Annual administration report of the Civil Veterinary Department of India - 1896-1897
Year: 1896
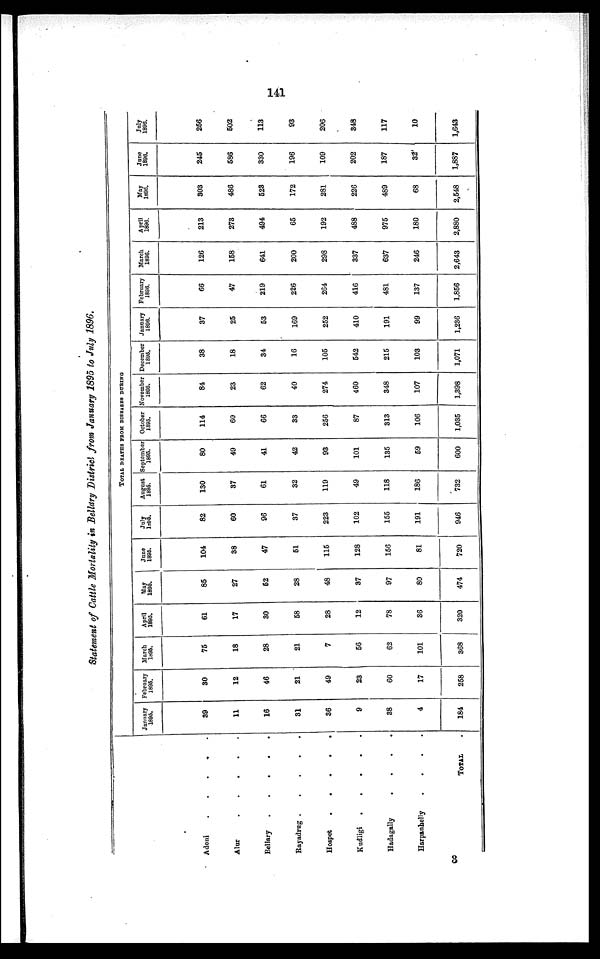
141
Statement of Cattle Mortality in Belldry District from January 1895 to July 1896,
Adoni
.
.
.
.
.
Alur
. . . . .
Bellary
.
.
. . .
Rayadrug
.
.
.
.
.
Hospet
.
.
.
.
.
.
Kudligi
.
.
.
.
.
Hadagally
.
.
.
. .
Harpanhelly
.
.
.
. .
TOTAL .
TOTAL DEATHS FROM DISEASES DURING
January
1895.
39
11
16
31
36
9
38
4
184
February
1895.
30
12
46
21
49
23
60
17
258
March
l895.
75
18
28
21
7
56
62
101
368
April
1885.
61
17
30
58
28
12
78
36
320
May
1895.
85
27
52
28
48
37
97
80
474
June
1895.
104
38
47
51
115
128
156
81
720
July
1895.
82
60
96
37
223
102
155
191
946
August
1895.
130
37
61
32
119
49
118
186
732
September
1895.
80
49
41
42
93
101
135
59
600
October
1895.
114
60
66
33
256
87
313
106
1,035
November
1895.
84
23
62
40
274
460
348
107
1,398
December
1895.
38
18
34
16
105
542
215
103
1,071
January
1896.
37
25
53
169
252
410
191
99
1,236
February
1896.
66
47
219
226
264
416
481
137
1,856
March
1896.
126
158
641
200
298
337
637
246
2,643
April
1896.
213
273
494
65
192
488
975
180
2,880
May
1890.
303
486
523
172
281
226
489
68
2,548
June
1896.
245
586
330
196
109
202
187
32
1,887
July
1896.
256
502
113
93
206
348
117
10
1,643
3